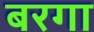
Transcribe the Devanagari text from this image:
बरगा